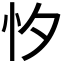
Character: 𢗇